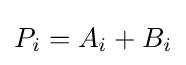
P_{i}=A_{i}+B_{i}